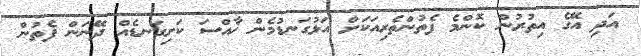
އަދި އޭގެ އިތުރުން ކޮންމެ ފެތުންތެރިއަކަށް އަޅުގަނޑުމެން ޚާއްސަ ކަށިގަނޑެއް ދޭނަން ފެތުން